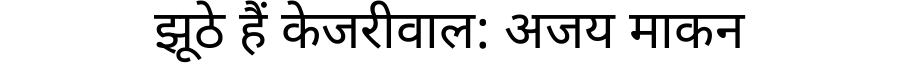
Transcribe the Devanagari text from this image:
झूठे हैं केजरीवाल: अजय माकन